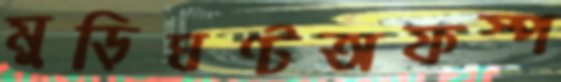
মুড়িঘণ্টঅফস্প